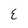
Character: E